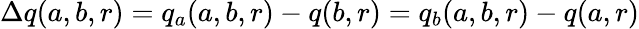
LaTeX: \Delta q(a,b,r)=q_{a}(a,b,r)-q(b,r)=q_{b}(a,b,r)-q(a,r)